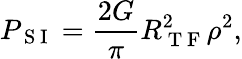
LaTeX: P_{\mathrm{~S~I~}}=\frac{2G}{\pi}R_{\mathrm{~T~F~}}^{2}\rho^{2},